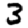
Digit: 3